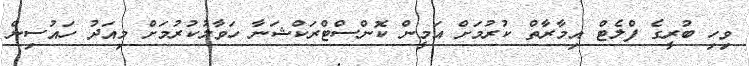
ވިހި ބުރީގެ ފްލެޓް އިމާރާތް ކުރުމަށް އަމީން ކޮންސްޓްރަކްޝަނާ ހަވާލުކުރުމަށް މިއަދު ހައުސިން